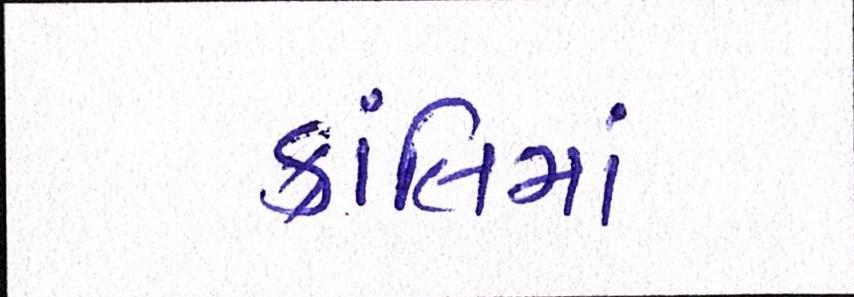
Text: ક્રાંતિમાં